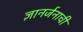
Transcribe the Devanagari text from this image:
ज्ञानर्जनाची